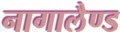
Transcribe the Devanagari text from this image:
नागालैण्‍ड